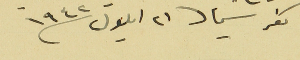
كفرشيما ٢١ ايلول سنه ١٩٤٢